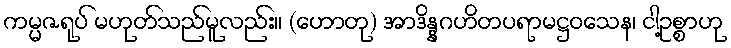
ကမ္မဇရုပ် မဟုတ်သည်မူလည်း။ (ဟောတု) အာဒိန္နဂဟိတပရာမဋ္ဌဝသေန၊ ငါ့ဥစ္စာဟု